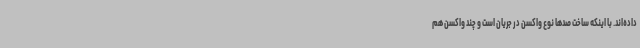
داده‌اند. با اینکه ساخت صدها نوع واکسن در جریان است و چند واکسن هم